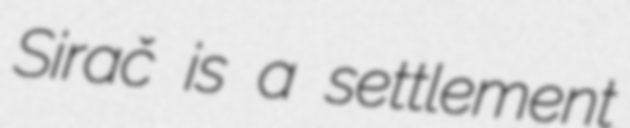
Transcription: Sirač is a settlement